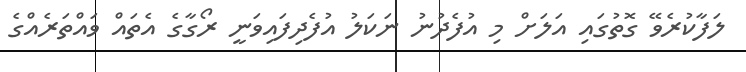
ލަފާކުރެވޭ ގޮތުގައި އަލަށް މި އުފެދުނު ނަކަލު އުފެދިފައިވަނީ ރޯގާގެ އެތައް ވައްތަރެއްގެ